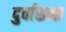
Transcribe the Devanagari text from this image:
दुर्वासना